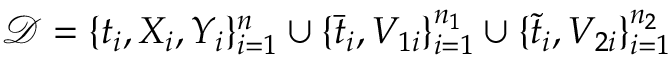
\mathcal { D } = \{ t _ { i } , X _ { i } , Y _ { i } \} _ { i = 1 } ^ { n } \cup \{ \bar { t } _ { i } , V _ { 1 i } \} _ { i = 1 } ^ { n _ { 1 } } \cup \{ \tilde { t } _ { i } , V _ { 2 i } \} _ { i = 1 } ^ { n _ { 2 } }